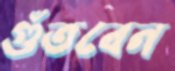
গুঁতবেন